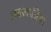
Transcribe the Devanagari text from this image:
अबखाज़िया